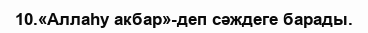
10.«Аллаһу акбар»-деп сәждеге барады.